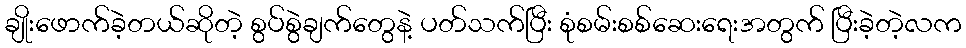
ချိုးဖောက်ခဲ့တယ်ဆိုတဲ့ စွပ်စွဲချက်တွေနဲ့ ပတ်သက်ပြီး စုံစမ်းစစ်ဆေးရေးအတွက် ပြီးခဲ့တဲ့လက